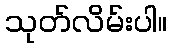
သုတ်လိမ်းပါ။